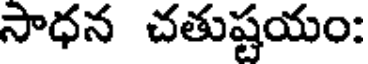
సాధన చతుష్టయం: